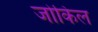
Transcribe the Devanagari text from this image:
जोकिल